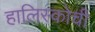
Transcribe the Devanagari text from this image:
हालिस्कोची